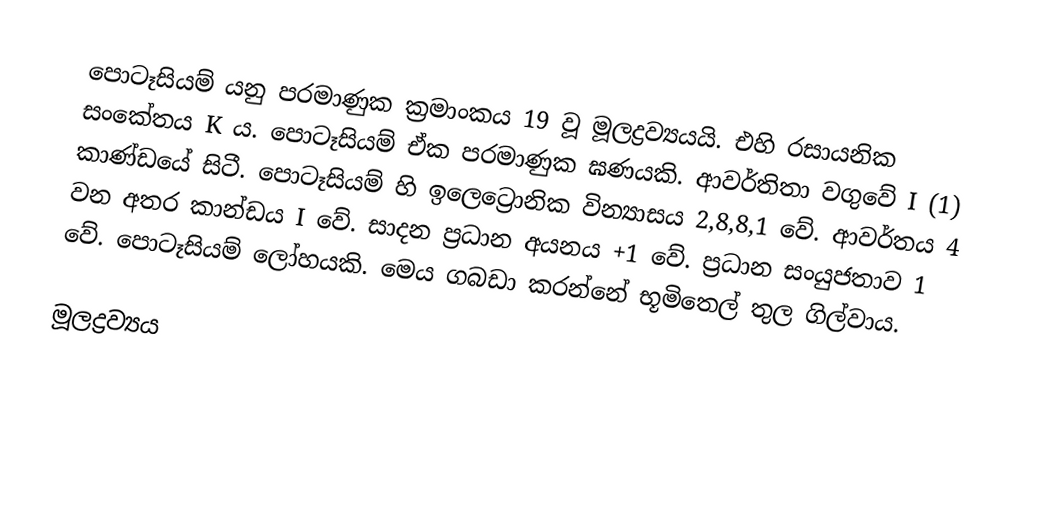
පොටෑසියම් යනු පරමාණුක ක්‍රමාංකය 19 වූ මූලද්‍රව්‍යයයි. එහි රසායනික සංකේතය K ය. පොටෑසියම් ඒක පරමාණුක ඝණයකි. ආවර්තිතා වගුවේ I (1) කාණ්‍ඩයේ සිටී. පොටෑසියම් හි ඉලෙට්‍රොනික වින්‍යාසය 2,8,8,1 වේ. ආවර්තය 4 වන අතර කාන්ඩය I වේ. සාදන ප්‍රධාන අයනය +1 වේ. ප්‍රධාන සංයුජතාව 1 වේ. පොටෑසියම් ලෝහයකි. මෙය ගබඩා කරන්නේ භූමිතෙල් තුල ගිල්වාය.

මූලද්‍රව්‍යය